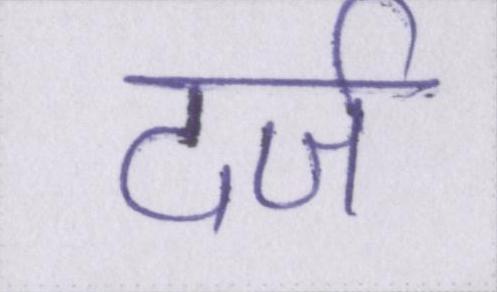
दर्ज